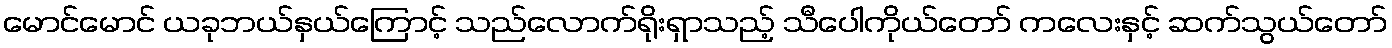
မောင်မောင် ယခုဘယ်နှယ်ကြောင့် သည်လောက်ရိုးရှာသည့် သီပေါကိုယ်တော် ကလေးနှင့် ဆက်သွယ်တော်